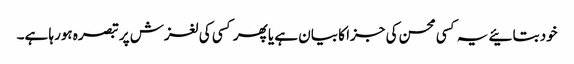
خود بتائیے یہ کسی محسن کی جزا کا بیان ہے یا پھر کسی کی لغزش پر تبصرہ ہورہا ہے۔